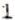
1